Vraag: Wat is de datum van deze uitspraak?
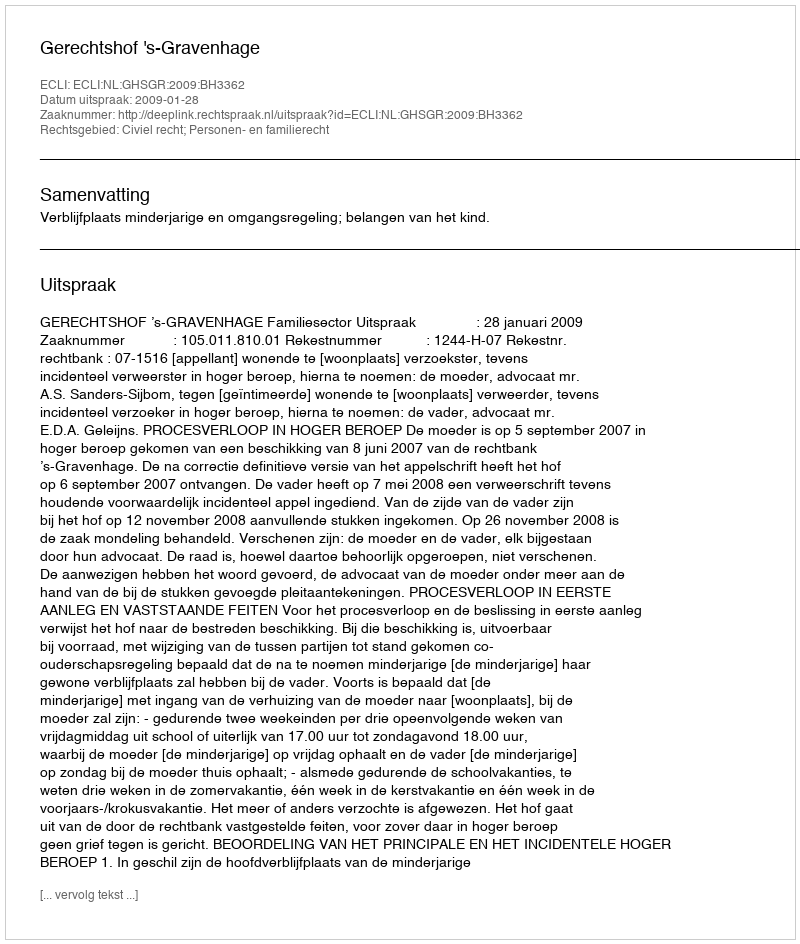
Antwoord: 2009-01-28